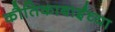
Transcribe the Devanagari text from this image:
कौतिकाबाईंच्या